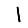
Digit: 1